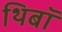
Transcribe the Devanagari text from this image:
थिबॉ